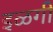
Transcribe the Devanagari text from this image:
इळगी